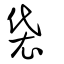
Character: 袋